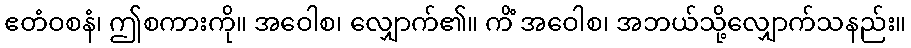
ဧတံဝစနံ၊ ဤစကားကို။ အဝေါစ၊ လျှောက်၏။ ကိံ အဝေါစ၊ အဘယ်သို့လျှောက်သနည်း။